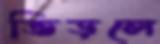
ভিড়লে